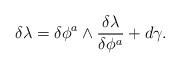
LaTeX: \begin{gather*}\delta \lambda = \delta \phi^a\wedge \frac{\delta \lambda}{\delta \phi^a}+ d\gamma .\end{gather*}